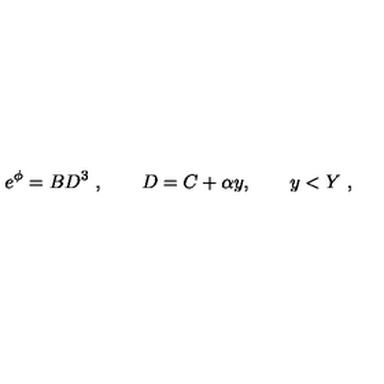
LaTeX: e ^ { \phi } = B D ^ { 3 } \ , \qquad D = C + \alpha y , \qquad y < Y \ ,